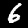
Digit: 6